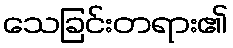
သေခြင်းတရား၏